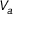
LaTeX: \scriptstyle { V _ { a } }